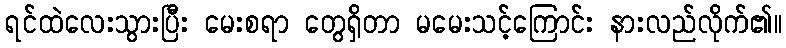
ရင်ထဲလေးသွားပြီး မေးစရာ တွေရှိတာ မမေးသင့်ကြောင်း နားလည်လိုက်၏။